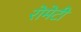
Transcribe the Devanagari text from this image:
रोमेटी